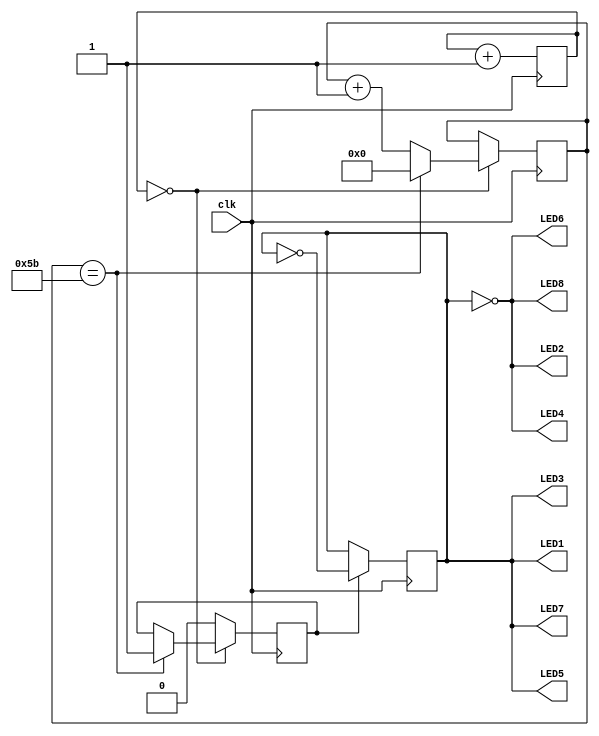
`timescale 1ns / 1ps
//////////////////////////////////////////////////////////////////////////////////
// Company: Axelsys
//
// Design Name:    LED
// Module Name:    LED_Verilog
// Project Name:   iCE40 Evaluation Kit
// Target Devices: iCE40-HX8k_CT256
// Tool versions:
// Description:
// LEDs, D1 through D8 will blink on for 1/2 second and off for 1/2 second.
// Clock is operating at 12MHz.
//
// Dependencies:
//
// Revision:
// Revision 0.01 - File Created
// Additional Comments:
//
//////////////////////////////////////////////////////////////////////////////////
module LED_Verilog(
    input clk,
    output LED1,
    output LED2,
    output LED3,
    output LED4,
    output LED5,
    output LED6,
    output LED7,
    output LED8
    );

	reg[15:0] div_cntr1;
	reg[6:0] div_cntr2;
	reg dec_cntr;
	reg half_sec_pulse;

	initial begin
		div_cntr1 = 0;
		div_cntr2 = 0;
		dec_cntr  = 0;
		end


	always@(posedge clk)
		begin
		div_cntr1 <= div_cntr1 + 1;
		if (div_cntr1 == 0)
			if (div_cntr2 == 91)
				begin
				div_cntr2 <= 0;
				half_sec_pulse <= 1;
				end
			else
				div_cntr2 <= div_cntr2 + 1;
		else
			half_sec_pulse <= 0;

		if (half_sec_pulse == 1)
			dec_cntr <= !dec_cntr;

		end


	assign LED1 = 1'b0 ? 1'b1 : dec_cntr == 1'b1;
	assign LED2 = 1'b0 ? 1'b1 : dec_cntr != 1'b1;
	assign LED3 = 1'b0 ? 1'b1 : dec_cntr == 1'b1;
	assign LED4 = 1'b0 ? 1'b1 : dec_cntr != 1'b1;
	assign LED5 = 1'b0 ? 1'b1 : dec_cntr == 1'b1;
	assign LED6 = 1'b0 ? 1'b1 : dec_cntr != 1'b1;
	assign LED7 = 1'b0 ? 1'b1 : dec_cntr == 1'b1;
	assign LED8 = 1'b0 ? 1'b1 : dec_cntr != 1'b1;

endmodule